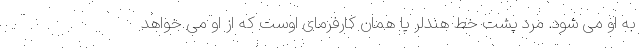
به او می شود. مرد پشت خط هندلر یا همان کارفرمای اوست که از او می خواهد